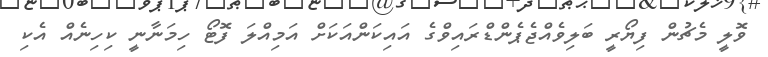
ވޮލީ މެޗުން ފިޔޯރީ ބަލިވެއްޖެޕެންޑްރައިވްގެ އައިކަންއަކަށް އަމިއްލަ ފޮޓޯ ހިމަނާނީ ކިހިނެއް އެކި